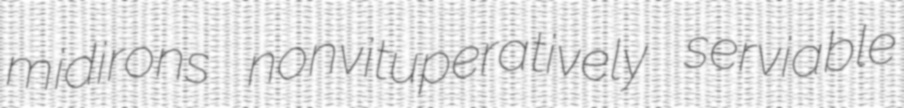
midirons nonvituperatively serviable